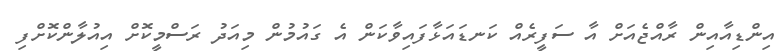
އިންޑިއާއިން ރާއްޖެއަށް އާ ސަފީރެއް ކަނޑައަޅާފައިވާކަން އެ ގައުމުން މިއަދު ރަސްމީކޮށް އިއުލާންކޮށްފި